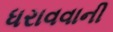
ધરાવવાની